Sanitation, dispensaries and jails vaccination Rajputana 1922-1927 - 1922-1927
Year: 1922
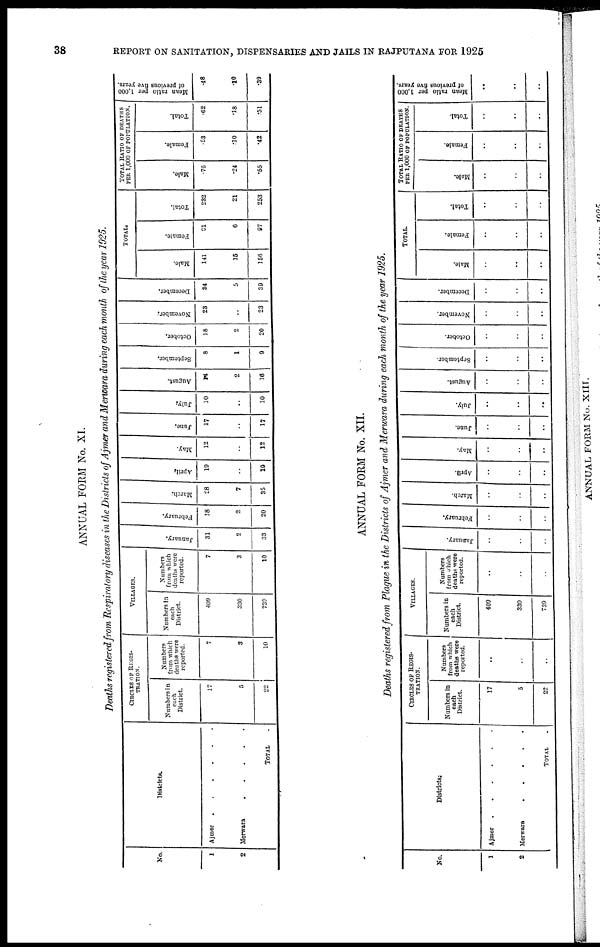
38
REPORT ON SANITATION, DISPENSARIES AND JAILS IN RAJPUTANA FOR 1925
ANNUAL FORM No. XI.
Deaths registered from Respiratory diseases in the Districts of Ajmer and Merwara during each month of the year 1925.
No.
1
2
Districts.
Ajmer
......
Merwara
.
.
.
.
.
TOTAL .
CIRCLES OF REGIS¬
TRATION.
Numbers in
each
District.
17
5
22
Numbers
from which
deaths were
reported.
7
3
10
VILLAGES.
Numbers in
each
District.
409
330
739
Numbers
from which
deaths were
reported.
7
3
10
January.
31
2
33
February.
18
2
20
March;
28
7
35
April.
19
..
19
May.
12
..
12
June.
17
..
17
July.
10
..
10
August.
14
2
16
September.
8
1
9
October.
18
2
20
November;
23
..
23
December.
34
5
39
TOTAL.
Male.
141
15
156
Female.
91
6
97
Total.
232
21
253
TOTAL RATIO OF DEATHS
PER 1,000 OF POPULATION.
Male.
.76
.24
.55
Female.
.53
.10
.42
Total.
.62
.18
.51
Mean ratio per 1,000
of previous five years.
.48
.10
.39
ANNUAL FORM No. XII.
Deaths registered from Plague in the Districts of Ajmer and Merwara during each month of the year 1925.
No.
1
2
Districts.
Ajmer
......
Merwara
.....
TOTAL .
CIRCLES OF REGIS¬
--------
Numbers in
each
District.
17
5
22
Numbers
from which
deaths were
reported.
..
..
..
VILLAGES.
Numbers in
each
District.
409
330
739
Numbers
from which
deaths were
reported.
..
..
..
January.
..
..
..
February.
..
..
..
March.
..
..
..
April.
..
..
..
May.
..
..
..
June.
..
..
..
July.
..
..
..
August.
..
..
..
September.
..
..
..
October.
..
..
..
November.
..
..
..
December.
..
..
..
TOTAL.
Male.
..
..
..
Female.
..
..
..
Total.
..
..
..
TOTAL RATIO OF DEATHS
PER 1,000 OF POPULATION.
Male.
..
..
..
Female.
..
..
..
Total.
..
..
..
M ean ratio per 1,000
of previous five years.
..
..
..